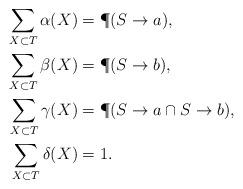
LaTeX: \begin{align*}\sum_{X \subset T} \alpha(X) &= \P (S \rightarrow a), \\\sum_{X \subset T} \beta(X) &= \P (S \rightarrow b), \\\sum_{X \subset T} \gamma(X) &= \P (S \rightarrow a \cap S \rightarrow b), \\\sum_{X \subset T} \delta(X) &= 1.\end{align*}